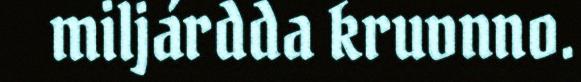
miljárdda kruvnno.